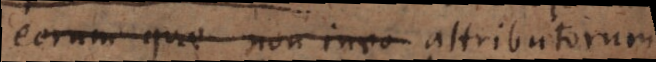
eorum quae non invo attributorum